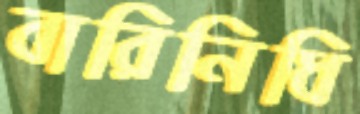
বারিনিধি